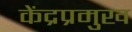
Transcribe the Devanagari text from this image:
केंद्रप्रमुख